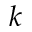
k